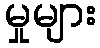
မှုများ